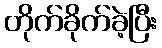
တိုက်ခိုက်ခဲ့ပြီး